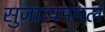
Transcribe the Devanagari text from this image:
सुजात्यममलं